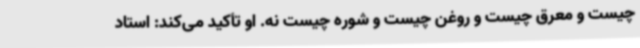
چیست و معرق چیست و روغن چیست و شوره چیست نه. او تأکید می‌کند: استاد